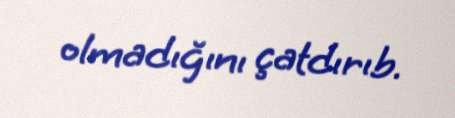
olmadığını çatdırıb.